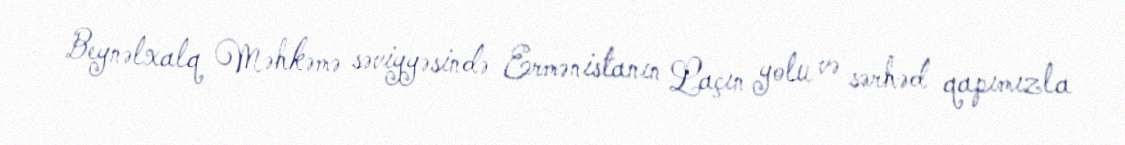
Beynəlxalq Məhkəmə səviyyəsində Ermənistanın Laçın yolu və sərhəd qapımızla